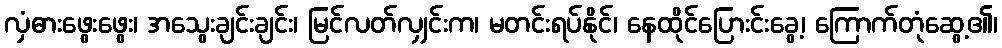
လှံဓားဖွေးဖွေး၊ အသွေးချင်းချင်း၊ မြင်လတ်လျှင်းက၊ မတင်းရပ်နိုင်၊ နေထိုင်ပြေားင်းခွေ့၊ ကြောက်တုံဆွေ့၏၊